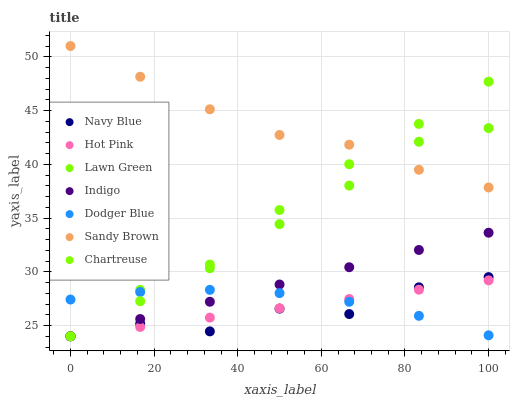
| xaxis_label | Navy Blue | Hot Pink | Lawn Green | Indigo | Dodger Blue | Sandy Brown | Chartreuse |
 | --- | --- | --- | --- | --- | --- | --- | --- |
 | 0 | 24 | 24 | 24 | 24 | 27.4 | 51 | 24 |
 | 16.7 | 25.2 | 24.9 | 28.3 | 25.6 | 28.1 | 48.1 | 27.3 |
 | 33.3 | 24.5 | 25.7 | 30.3 | 27.2 | 28.3 | 45.1 | 30.7 |
 | 50 | 26.6 | 26.6 | 34.4 | 28.8 | 28 | 42.7 | 35.7 |
 | 66.7 | 26.1 | 27.5 | 38 | 30.4 | 27.2 | 41.8 | 40 |
 | 83.3 | 28.6 | 28.3 | 42.1 | 32 | 25.9 | 39.5 | 43.8 |
 | 100 | 29.5 | 29.2 | 43.4 | 33.6 | 24.1 | 37.8 | 47.7 |